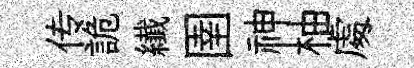
传詭纎圉神柚䖏